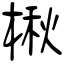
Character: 楸